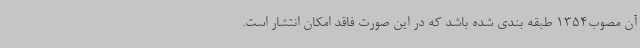
آن مصوب1354 طبقه بندی شده باشد که در این صورت فاقد امکان انتشار است.